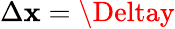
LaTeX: \Delta\mathbf{x}=\Deltay